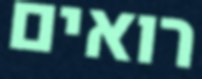
רואים